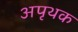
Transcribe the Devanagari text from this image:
अपृथक